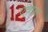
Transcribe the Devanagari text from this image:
एवांस